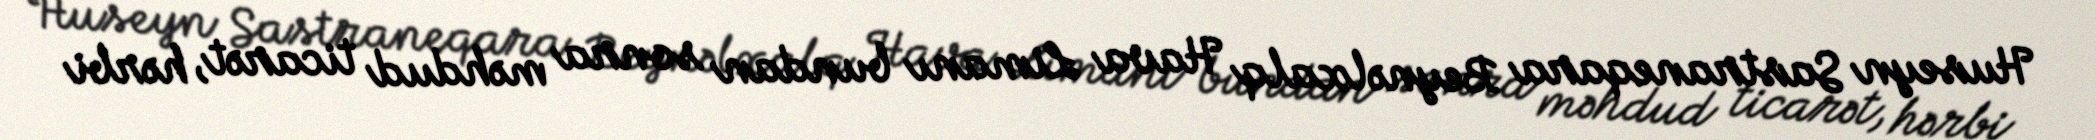
Huseyn Sastraneqara Beynəlxalq Hava Limanı bundan sonra məhdud ticarət, hərbi